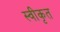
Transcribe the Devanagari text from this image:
स्वीकृत